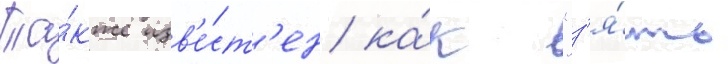
Та́кже изв'е́ст'ен ка́к "з'я́ть